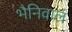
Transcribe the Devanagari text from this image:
भैनिवाल